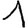
Digit: 1